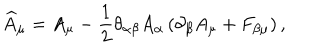
\widehat { A } _ { \mu } = A _ { \mu } - \frac 1 2 \theta _ { \alpha \beta } A _ { \alpha } \left( \partial _ { \beta } A _ { \mu } + F _ { \beta \mu } \right) ,